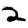
Digit: 2